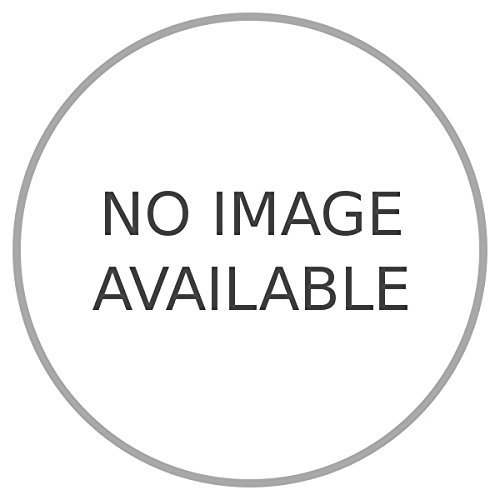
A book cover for Attraverso il Sudan francese.; PASELLI Piero -; Travel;